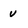
Character: v